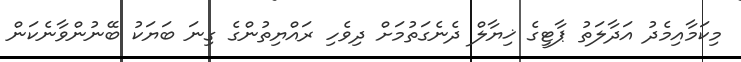
މިކަމާއިމެދު އަދާލަތު ޕާޓީގެ ޚިޔާލް ދެނެގަތުމަށް ދިވެހި ރައްޔިތުންގެ ގިނަ ބަޔަކު ބޭނުންވާނެކަން